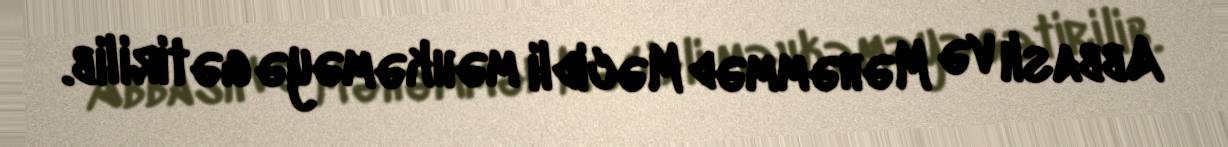
Abbaslı və Məhəmməd Məcidli məhkəməyə gətirilib.